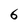
Character: 6